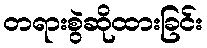
တရားစွဲဆိုထားခြင်း